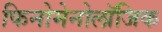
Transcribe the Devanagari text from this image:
फिनोमेनोलॉजिक